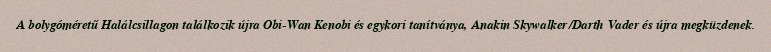
A bolygóméretű Halálcsillagon találkozik újra Obi-Wan Kenobi és egykori tanítványa, Anakin Skywalker/Darth Vader és újra megküzdenek.